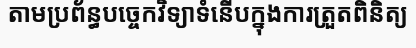
តាមប្រព័ន្ធបច្ចេកវិទ្យាទំនើបក្នុងការត្រួតពិនិត្យ